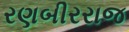
રણબીરરાજ